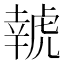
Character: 𱿔